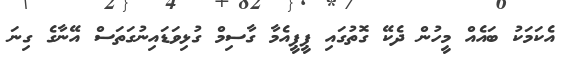
އެކަމަކު ބައެއް މީހުން ދެކޭ ގޮތުގައި ޕީޕީއެމާ ގާސިމް ގުޅިވަޑައިނުގަތަސް އޭނާގެ ގިނަ